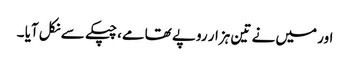
اور میں نے تین ہزار روپے تھامے، چپکے سے نکل آیا ۔